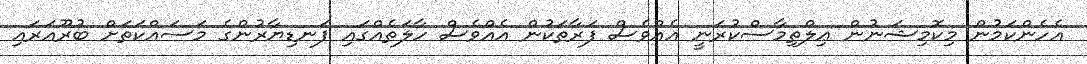
އެހެންކަމުން މިކޮމިޝަނުން ޢިލްތިމާސްކުރަނީ އެއްވެސް ފަރާތަކުން އެއްވެސް ހާލަތެއްގައި ފަނޑިޔާރުންގެ މަސައްކަތަށް ބުރޫއަރައި